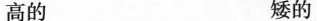
高的 矮的